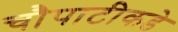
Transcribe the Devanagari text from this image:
चौपाटीकडे